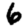
Digit: 6